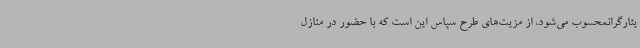
یثارگرانمحسوب می‌شود، از مزیت‌های طرح سپاس این است که با حضور در منازل